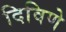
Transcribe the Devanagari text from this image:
दिविणे